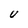
Character: u